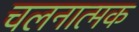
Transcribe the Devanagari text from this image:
चलनात्मक